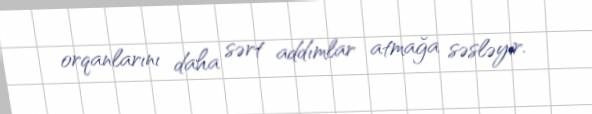
orqanlarını daha sərt addımlar atmağa səsləyir.